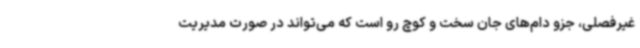
غیرفصلی، جزو دام‌های جان سخت و کوچ رو است که می‌تواند در صورت مدیریت